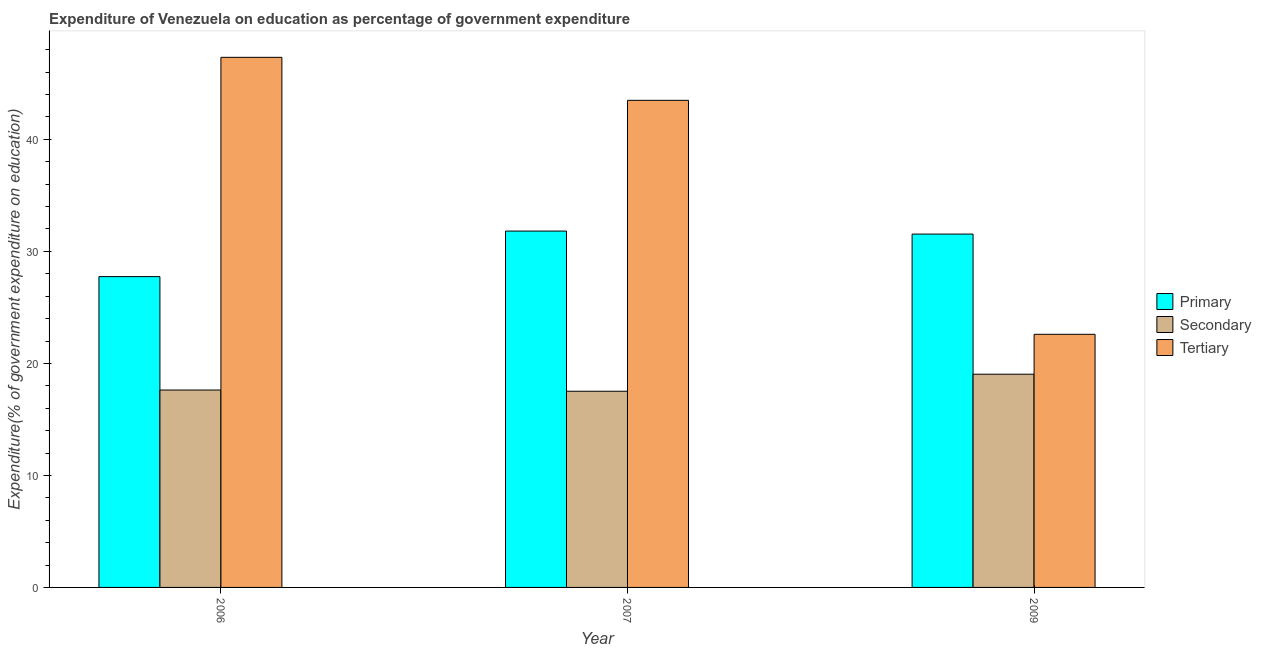
| Year | Primary | Secondary | Tertiary |
 | --- | --- | --- | --- |
 | 2006 | 27.7 | 17.6 | 47.3 |
 | 2007 | 31.8 | 17.5 | 43.5 |
 | 2009 | 31.5 | 19 | 22.6 |